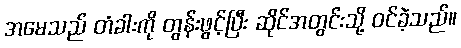
အမေသည် တံခါးကို တွန်းဖွင့်ပြီး ဆိုင်အတွင်းသို့ ဝင်ခဲ့သည်။